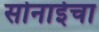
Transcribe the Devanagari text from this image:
सोनाईचा